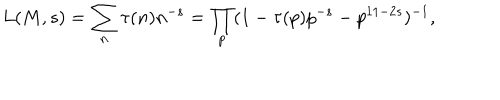
L ( M , s ) = \sum _ { n } \tau ( n ) n ^ { - s } = \prod _ { p } ( 1 - \tau ( p ) p ^ { - s } - p ^ { 1 1 - 2 s } ) ^ { - 1 } , \nonumber